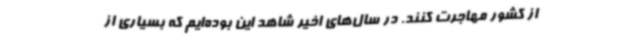
از کشور مهاجرت کنند. در سال‌های اخیر شاهد این بوده‌ایم که بسیاری از